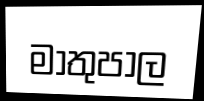
මාතුපාල